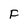
Character: F